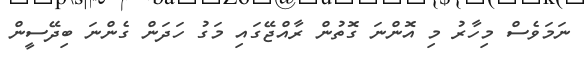
ނަމަވެސް މިހާރު މި އޮންނަ ގޮތުން ރާއްޖޭގައި މަގު ހަދަން ގެންނަ ބިދޭސީން